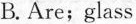
B. Are; glass